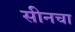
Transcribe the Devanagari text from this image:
सीनचा